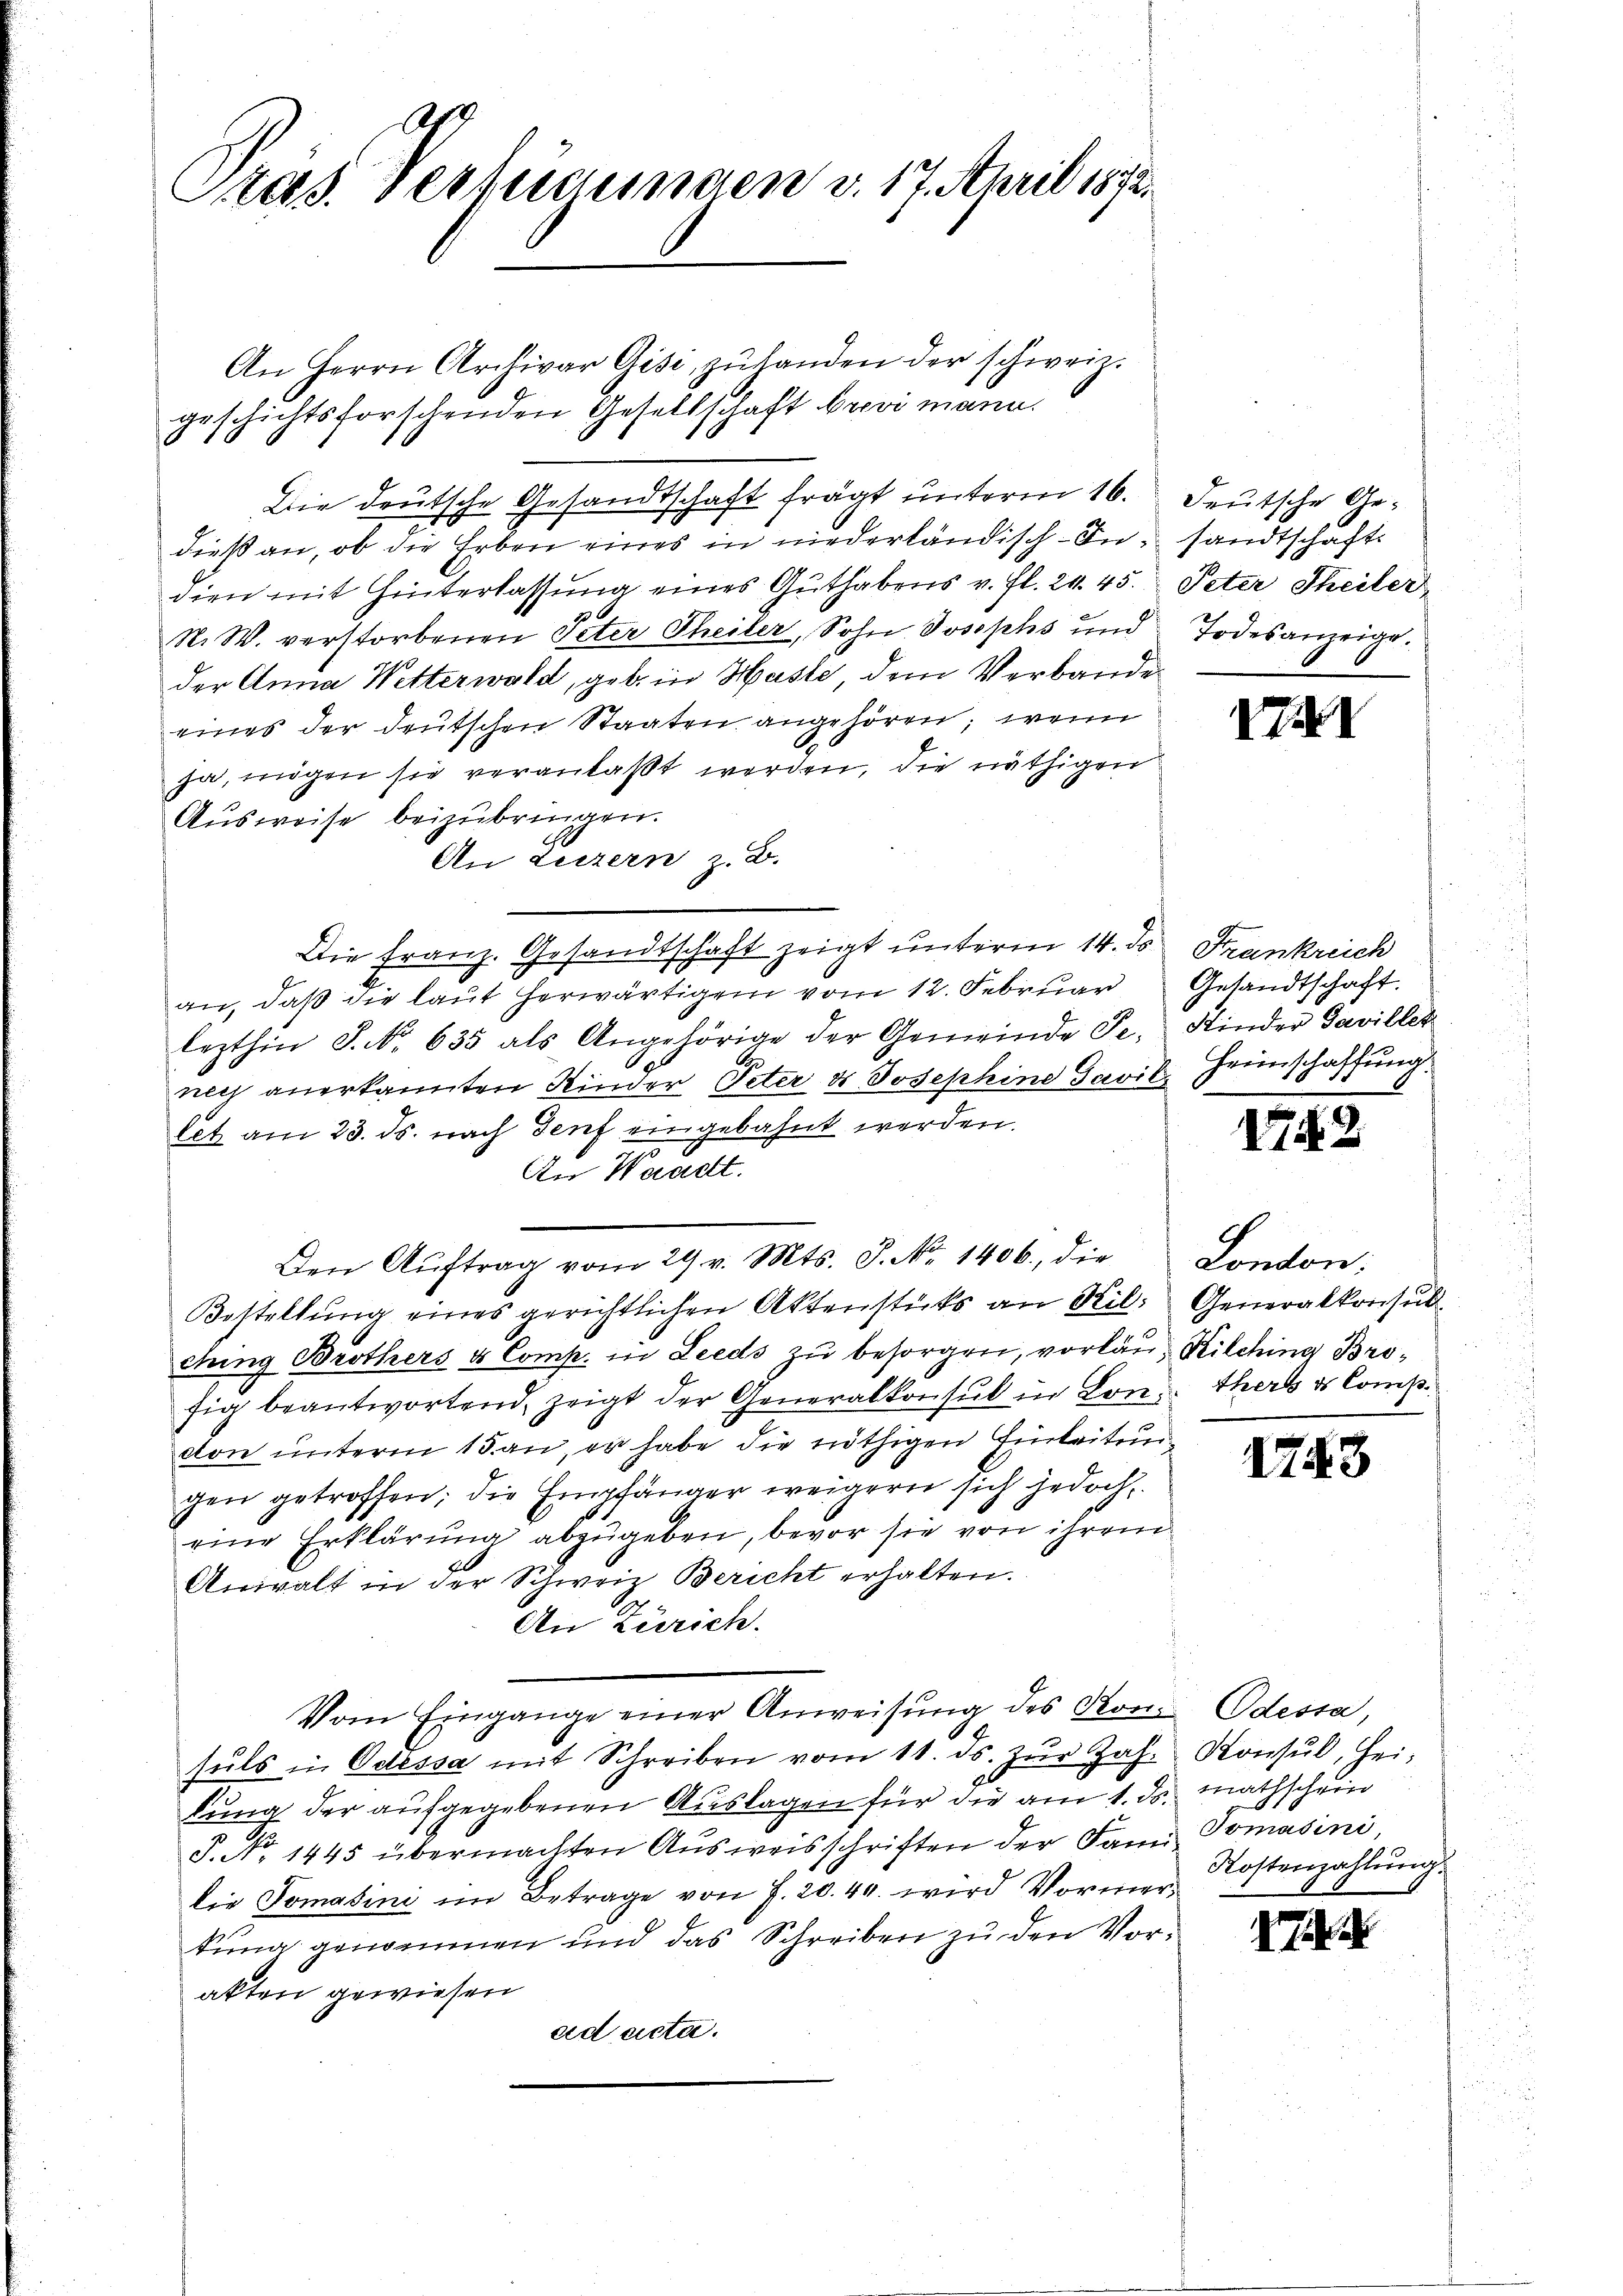
A
Stas. Verlegungen v. 17. April 1872.

An Herrn Archivar Gisi zŭ handen der schweiz.
geschichtsforschenden Gesellschaft brevi mann.
Die deutsche Gesandtschaft frägt unterm 16. Deutsche Gedieß an, ob die Erben eines in niederländisch-In- sandtschaft
dien mit Hinterlassung eines Guthabens v. fl. 24. 45. Peter Theiler
N. W. verstorbenen Peter Theiler, Sohn Josephs und Todesanzeige.
der Anna Wetterwald, geb. in Haste dem Verbande
eines der deutschen Staaten angehören; wenn
ja, mögen sie veranlaßt werden, die nöthigen
Aŭsweise beizubringen.
An Luzern z. B.
Die Franz. Gesandtschaft zeigt unterm 14. ds. Frankreich
an, daß die laut herwärtigem vom 12. Februar Gesandtschaft.
lezthin S. No. 635 als Angehörige der Gemeinde Se. Kinder Pavillet
ney anerkannten Kinder Peter u Josephine Pavil, Heimschaffung.
tetz am 23. ds. nach Genf eingebahnt werden.
An Waadt.
Den Aŭftrag vom 29. v. Mts. J. No. 1406. die
Bestellŭng eines gerichtlichen Aktenstücks an Kil- Generalkonsul
ching Bröthers & Comp. in Leeds zu besorgen, vorläu- Kilching Brofig beantwortend, zeigt der Generalkonsul in Lon. therte Comp.
don unterm 15. an, er habe die nöthigen Einleitungen getroffen; die Empfänger weigern sich jedoch,
eine Erklärung abzugeben, bevor sie von ihrem
Anwalt in der Schweiz Bericht erhalten.
An Zürich.
Vom Eingange einer Anweisŭng des Kon. Odessa,
suls in Odessa mit Schreiben vom 11. ds. Zŭr Joh. Konsul, Hei-
lung der aufgegebenen Auslagen für die am 1. ds. mathschein
.
u
S. No 1445 übermachten Aŭsweisschriften der Fami Tomasini
die Tomatini im Betrage von J. 20. 44. wird Vormerkung genommen und das Schreiben zu den Vorakten gewiesen
ad acta.

XXXI

I49

Lonton;

1743

Kostenzahlung.

17